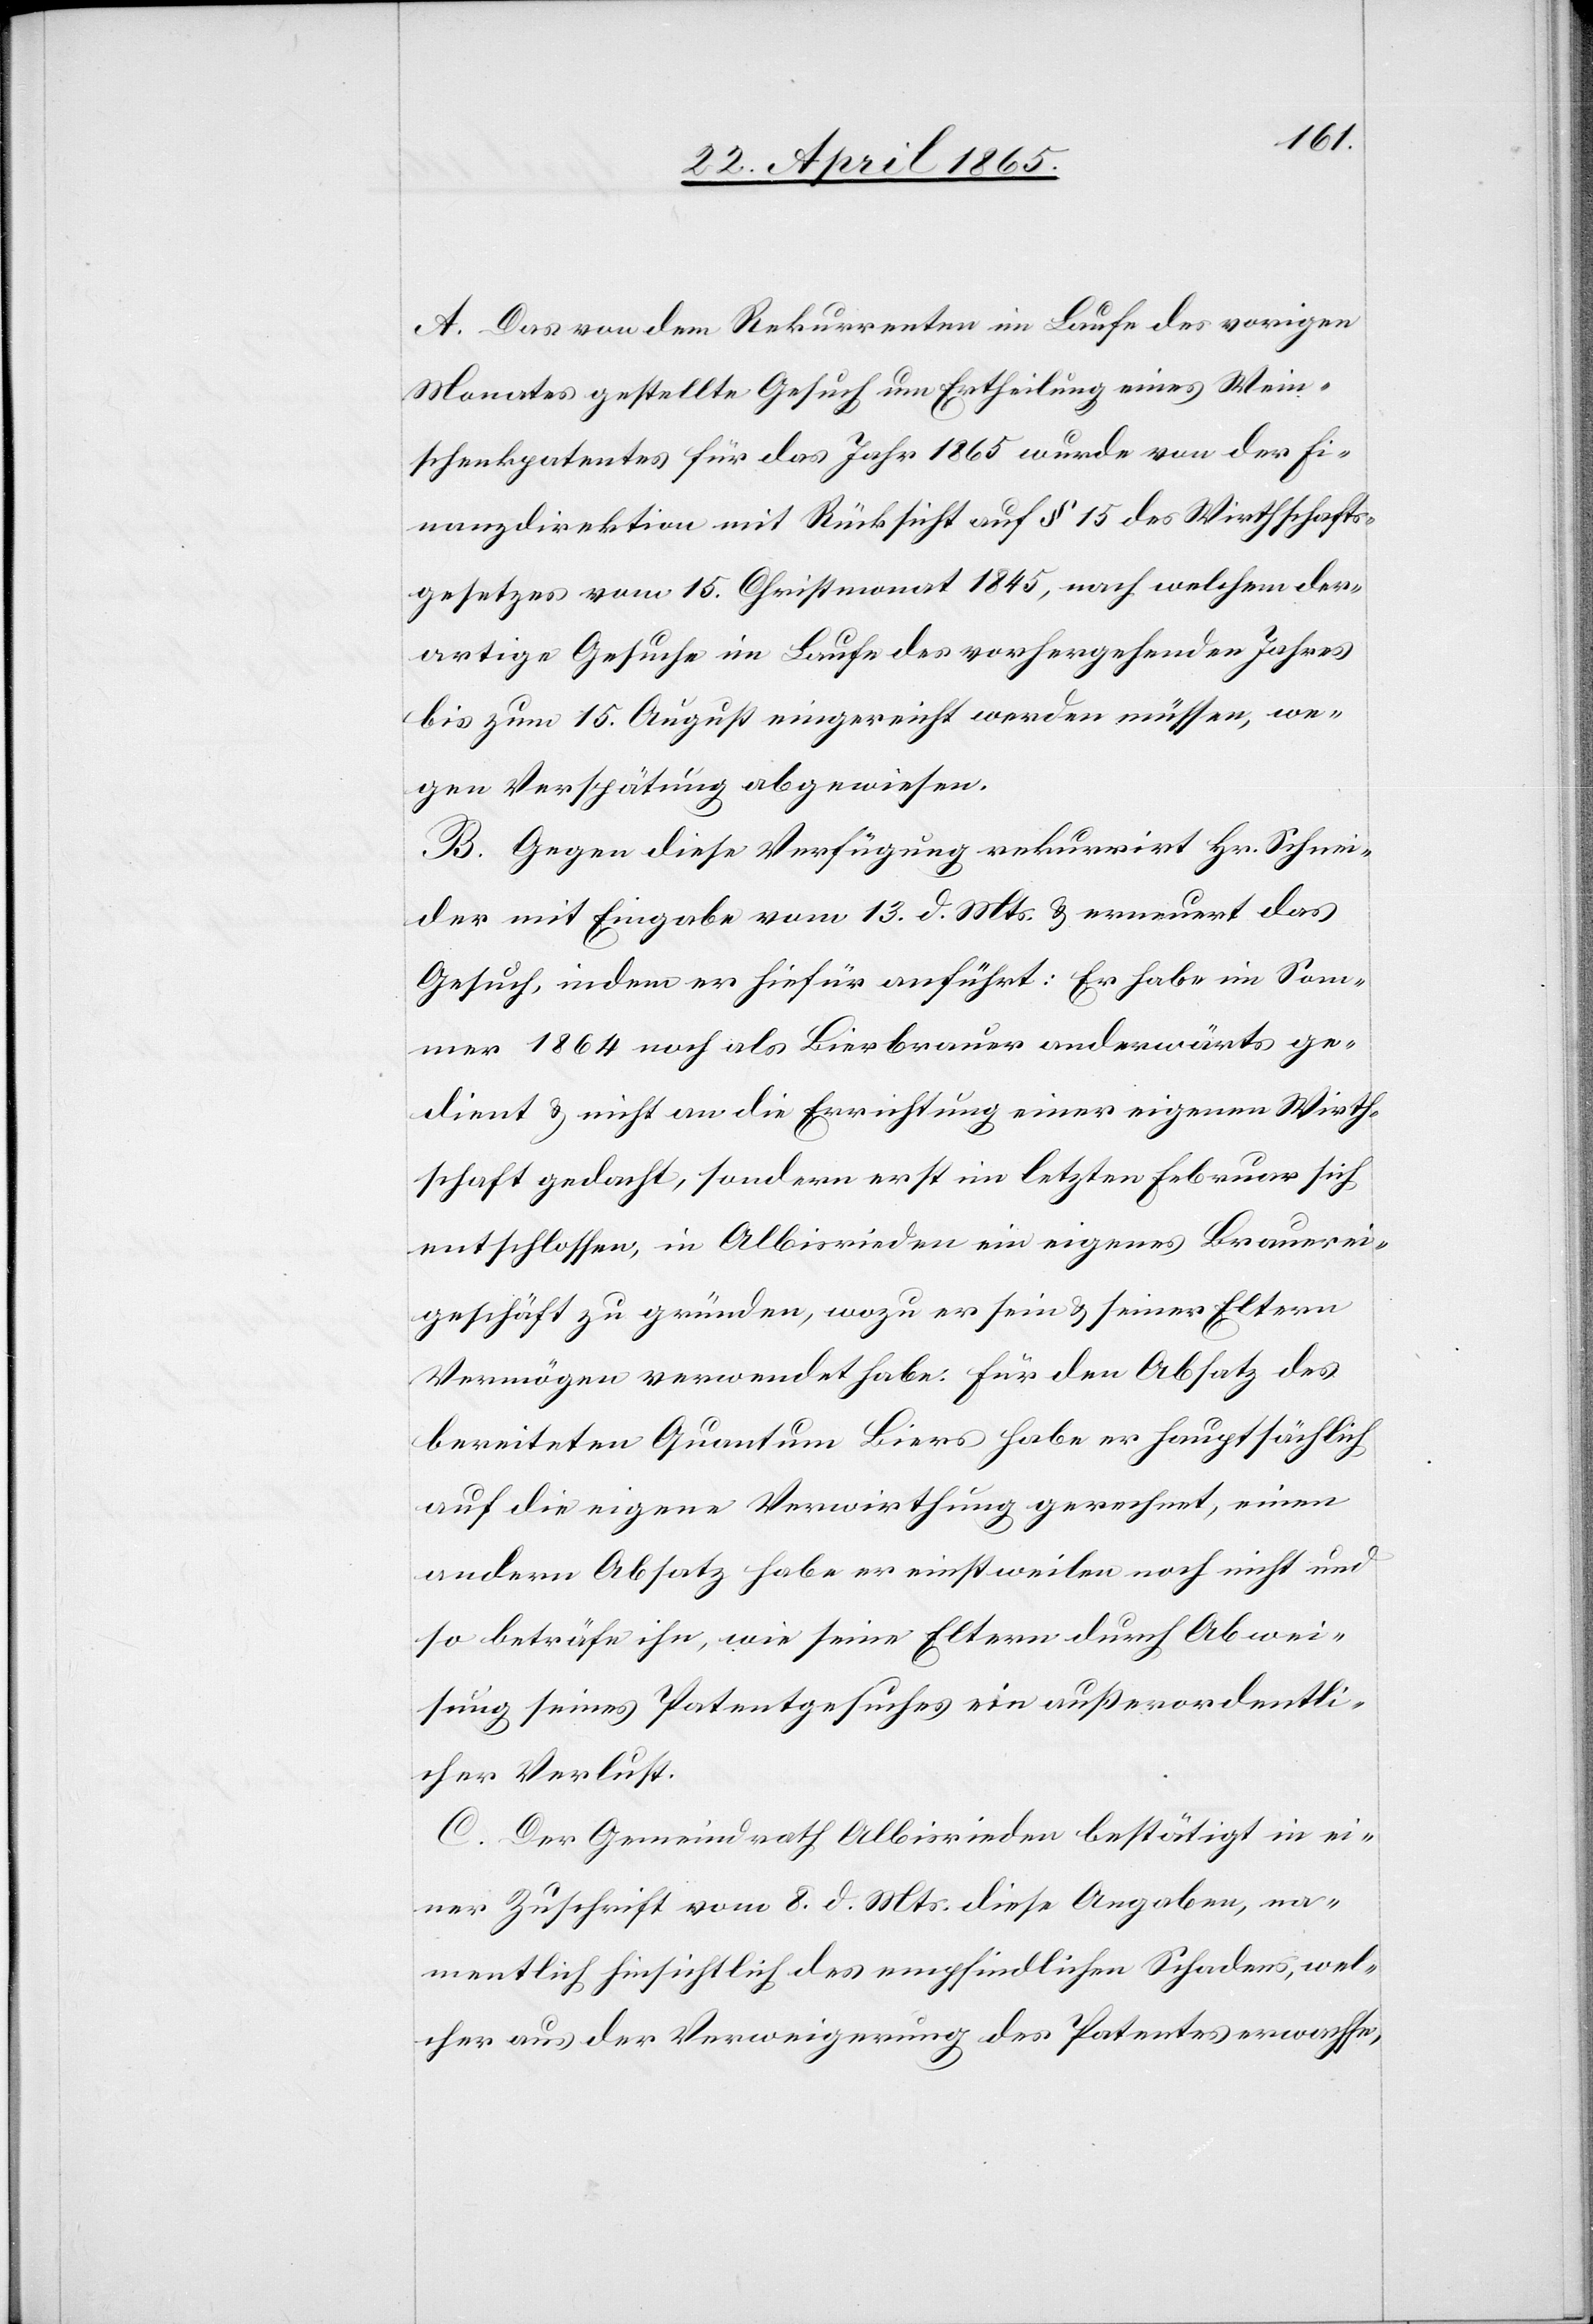
A. Das von dem Rekurrenten im Laufe des vorigen
Monates gestellte Gesuch um Ertheilung eines Wein¬
schenkpatentes für das Jahr 1865 wurde von der Fi¬
nanzdirektion mit Rücksicht auf § 15 des Wirthschafts¬
gesetzes vom 15. Christmonat 1845, nach welchem der¬
artige Gesuche im Laufe des vorhergehenden Jahres
bis zum 15. August eingereicht werden müssen, we¬
gen Verspätung abgewiesen.
B. Gegen diese Verfügung rekurrirt Hr. Schnei¬
der mit Eingabe vom 13. d. Mts. & erneuert das
Gesuch, indem er hiefür anführt: Er habe im Som¬
mer 1864 noch als Bierbrauer anderwärts ge¬
dient & nicht an die Errichtung einer eigenen Wirth¬
schaft gedacht, sondern erst im letzten Februar sich
entschlossen, in Albisrieden ein eigenes Brauerei¬
geschäft zu gründen, wozu er sein & seiner Eltern
Vermögen verwendet habe. Für den Absatz des
bereiteten Quantum Biers habe er hauptsächlich
auf die eigene Verwirthung gerechnet, einen
andern Absatz habe er einstweilen noch nicht und
so beträfe ihn, wie seine Eltern durch Abwei¬
sung seines Patentgesuches ein außerordentli¬
cher Verlust.
C. Der Gemeindrath Albisrieden bestätigt in ei¬
ner Zuschrift vom 8. d. Mts. diese Angaben, na¬
mentlich hinsichtlich des empfindlichen Schadens, wel¬
cher aus der Verweigerung des Patentes erwachse,